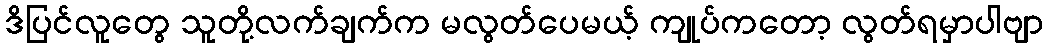
ဒိပြင်လူတွေ သူတို့လက်ချက်က မလွတ်ပေမယ့် ကျုပ်ကတော့ လွတ်ရမှာပါဗျာ